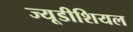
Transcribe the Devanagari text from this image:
ज्यूडीशियल